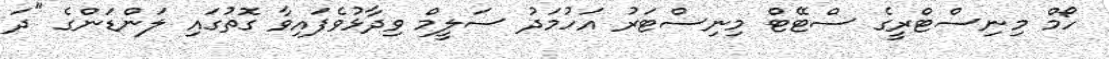
ހޯމް މިނިސްޓްރީގެ ސްޓޭޓް މިނިސްޓަރު އަހުމަދު ސަލީމް ވިދާޅުވެފައިވާ ގޮތުގައި ލަންޑަންގެ "ދަ